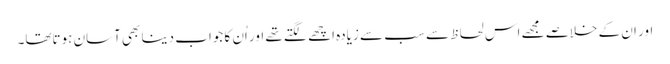
اور ان کے خلاصے مجھے اس لحاظ سے سب سے زیادہ اچھے لگتے تھے اور اُن کا جواب دینا بھی آسان ہوتاتھا۔